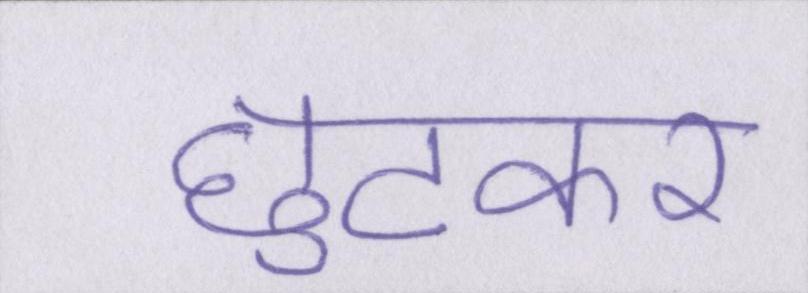
छुटकर